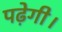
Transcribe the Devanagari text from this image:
पढ़ेगी।